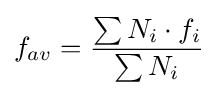
f_{av}={\frac {\sum N_{i}\cdot f_{i}}{\sum N_{i}}}